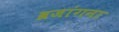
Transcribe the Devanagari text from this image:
व्रजांगना